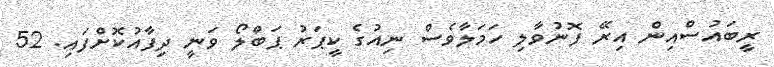
ރީބައުސްއިން އިރޭ ފޮނުވާލި ހަމަލާވެސް ނިއުގެ ކީޕަރު ޕަބްލޯ ވަނީ ދިފާއުކޮށްފައި. 52